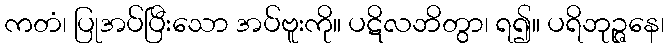
ကတံ၊ ပြုအပ်ပြီးသော အပ်ဗူးကို။ ပဋိလဘိတွာ၊ ရ၍။ ပရိဘုဉ္ဇနေ၊